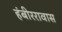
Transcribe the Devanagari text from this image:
हंबीररावास